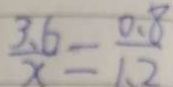
\frac { 3 . 6 } { x } = \frac { 0 . 8 } { 1 . 2 }